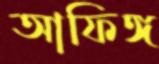
আফিঙ্গ